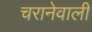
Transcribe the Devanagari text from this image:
चरानेवाली